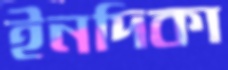
ইনদিকা